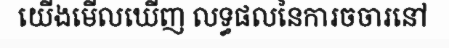
យើងមើលឃើញ លទ្ធផលនៃការចចារនៅ